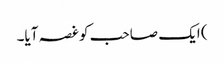
) ایک صاحب کو غصہ آیا۔